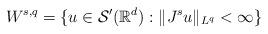
LaTeX: \begin{align*}W^{s,q}=\{u \in\mathcal{S}'(\mathbb{R}^d) : \|J^su\|_{L^q} < \infty\}\end{align*}